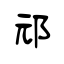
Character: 邧